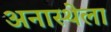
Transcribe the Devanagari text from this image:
अनास्थेला